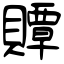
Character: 贉